Annual report on the lock hospitals of the Madras Presidency
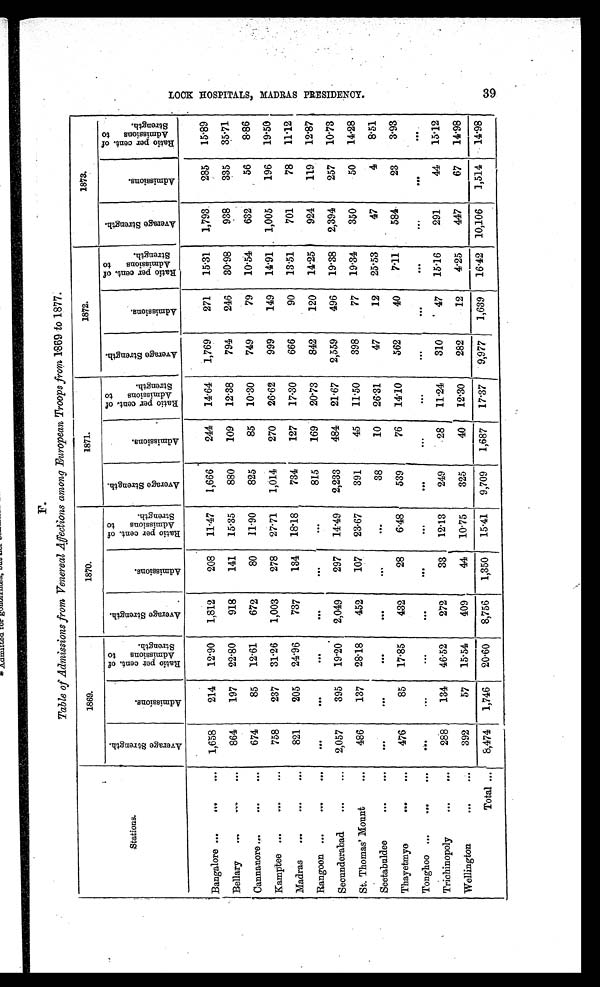
F.
Table of Admissions from Venereal Affections among European Troops from 1869 to 1877.
St a t i o n s .
1869.
1870.
1871.
1872.
1873.
A v e r a g e S t r e n g t h .
A d m i s s i o n s .
R a t i o p e r c e n t o f A d m i s s i o n t o S t r e n g t h .
A v e r a g e S t r e n g t h .
A d m i s s i o n .
R a t i o p e r c e n t . o f A d m i s s i o n s t o S t r e n g t h .
A v e r a g e S t r e n g t h .
A d m i s s i o n s .
R a t i o p e r c e n t . o f A d m i s s i o n s t o S t r e n g t h .
A v e r a g e S t r e n g t h .
A d m i s s i o n s .
R a t i o p e r c e n t . o f A d m i s s i o n s t o S t r e n g t h .
A v e r a g e S t r e n g t h .
A d m i s s i o n s .
R a t i o p e r c e n t . o f A d m i s s i o n s t o S t r e n g t h .
Bangalore ... ...
... 1,658
214 12·90 1,812
208 11·47 1,666
244 14·64 1,769
271 15·31 1,793.
285 15·89
Bellary
... ...
...
864
197 22·80
918
141 15·35
880
109 12·38
794
246 30·98
938
335 35·71
Cannanore
...
...
...
674
85 12·61
672
80 11·90
825
85 10·30
749
79 10·54
632
56
8·86
Kamptee ... ... ...
758
237 31·26 1,003
278 27·71 1,014
270 26·62
999
149 14·91. 1,005
196 19·50
Madras
... ...
...
821
205 24·96
737
134 18·18
734
127 17·30
666
90 13·51
701
78 11·12
Rangoon
... ...
...
...
. . .
. . .
. . .
. . .
. . .
815
169 20·73
842
120 14·25
924
11·9 12·87
Secunderabad ... ... 2,057
395 19·20 2,049
297 14·49 2,233
484 21·67 2,559
496 19·38 2,394
257 10·73
St. Thomas' Mount
...
486
137 28·18
452
107 23·67
391
45 11·50
398
77 19·34
350
50 14·28
Seetabuldee
... ...
. . .
. . .
. . .
. . .
. . .
. . .
38
10 26·31
47
12 25·53
47
4
8·51
Thayetmyo
...
...
476
85 17·85
432
28
6·48
539
76 14·10
562
40
7·11
584
23
3·93
Tonghoo ... ... ...
...
. . .
. . .
. . .
. . .
. . .
. . .
...
...
. . .
. . .
. . .
. . .
. . .
. . .
Trichinopoly
...
...
288
134 46·52
272
33 12·13
249
28 11·24
310
47 15·16
291
44 15·12
Wellington
...
...
392
57 15·54
409
44 10·75
325
40 12·30
282
12
4·25
447
67 14·98
Total
...
8,474 1,746 20·60 8,756 1,350 15·41 9,709 1,687 17·37 9,977 1,639 16·42 10,106 1,514 14·98
39